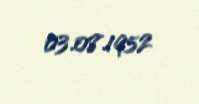
03.08.1952